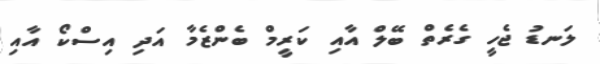
ލަނޑު ޖެހީ ގެރެތް ބޭލް އާއި ކަރީމް ބެންޒެމާ އަދި އިސްކޯ އާއި